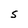
Character: S